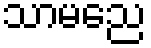
သာမညေ